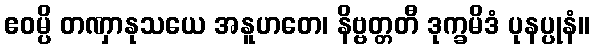
ဧဝမ္ပိ တဏှာနုသယေ အနူဟတေ၊ နိဗ္ဗတ္တတီ ဒုက္ခမိဒံ ပုနပ္ပုနံ။